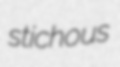
stichous